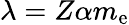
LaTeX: \lambda=Z\alpha m_{\mathrm{e}}